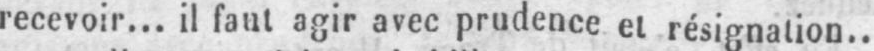
recevoir... il faut agir avec prudence et résignation..